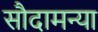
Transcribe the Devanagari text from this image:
सौदामन्या